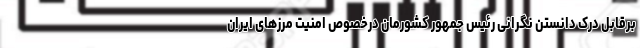
برقابل درک دانستن نگرانی رئیس جمهور کشورمان درخصوص امنیت مرزهای ایران